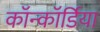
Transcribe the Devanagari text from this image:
कॉन्कॉर्डिया